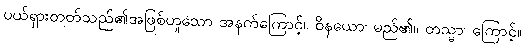
ပယ်ရှားတတ်သည်၏အဖြစ်ဟူသော အနက်ကြောင့်။ ဝိနယော၊ မည်၏။ တသ္မာ၊ ကြောင့်။